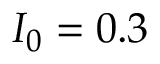
I _ { 0 } = 0 . 3